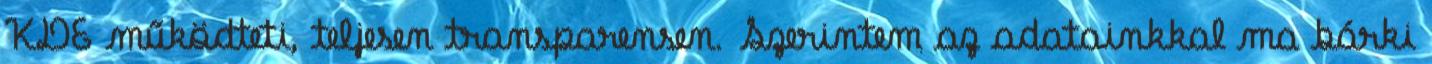
KDE működteti, teljesen transparensen. Szerintem az adatainkkal ma bárki